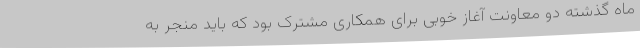
ماه گذشته دو معاونت آغاز خوبی برای همکاری مشترک بود که باید منجر به